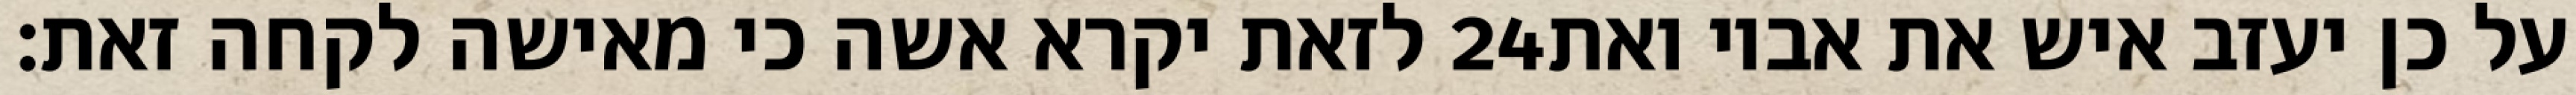
לזאת יקרא אשה כי מאישה לקחה זאת׃ ‎24‏ על כן יעזב איש את אביו ואת